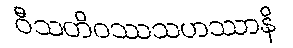
ဝီသတိဝဿသဟဿာနိ